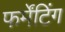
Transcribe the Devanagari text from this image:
फर्मेंटिंग